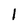
Character: l